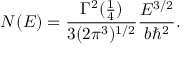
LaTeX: N ( E ) = { \frac { \Gamma ^ { 2 } ( { \frac { 1 } { 4 } } ) } { 3 ( 2 \pi ^ { 3 } ) ^ { 1 / 2 } } } { \frac { E ^ { 3 / 2 } } { b \hbar ^ { 2 } } } .